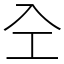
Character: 㒰